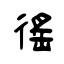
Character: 徭